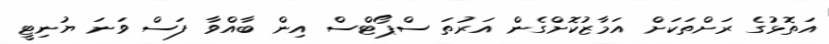
އަތޮޅުގެ ރަށްތަކަށް އަމާޒުކޮށްގެން އަރުތަ ސްޕޯޓްސް އިން ބާއްވާ ފަސް ވަނަ ޔުނިޓީ